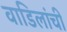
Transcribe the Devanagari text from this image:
वाडिलांची